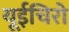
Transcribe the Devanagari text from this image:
यूईचिरो